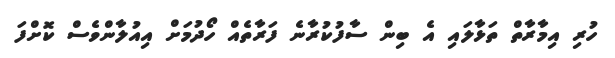
ހުރި އިމާރާތް ތަޅާލައި އެ ބިން ސާފުކުރާނެ ފަރާތެއް ހޯދުމަށް އިއުލާންވެސް ކޮށްފަ